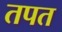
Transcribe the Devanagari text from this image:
तपत